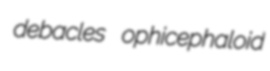
debacles ophicephaloid